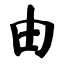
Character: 由